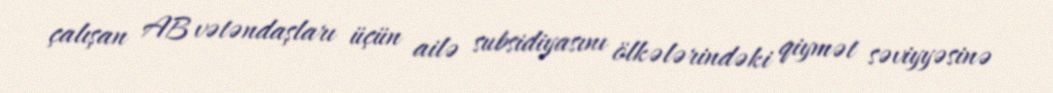
çalışan AB vətəndaşları üçün ailə subsidiyasını ölkələrindəki qiymət səviyyəsinə